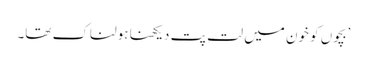
’بچوں کو خون میں لت پت دیکھنا ہولناک تھا۔